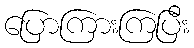
ပြောကြားကြပြီး